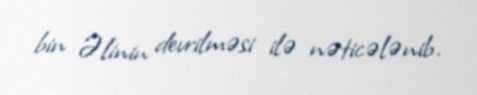
bin Əlinin devrilməsi ilə nəticələnib.